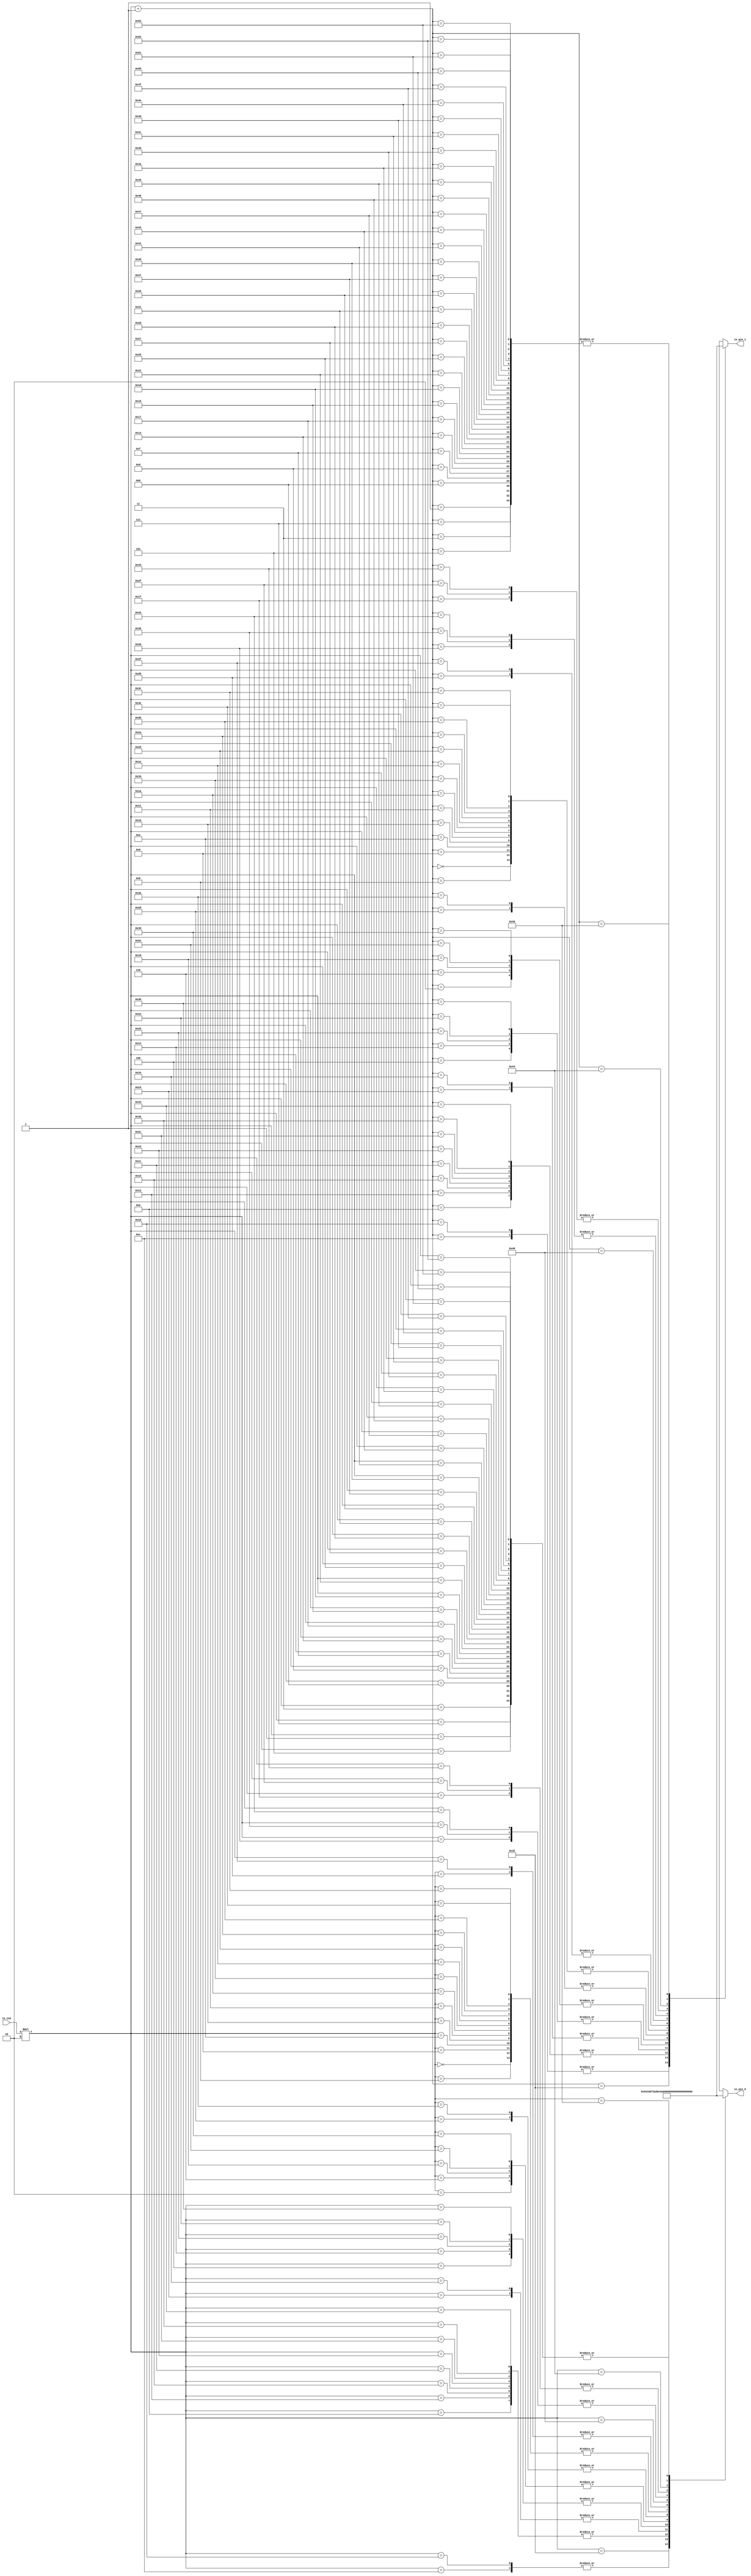
module qinLUT(
    input [5:0] io_ina,
    output[8:0] io_qin_0,
    output[8:0] io_qin_1
);

  wire[8:0] T0;
  reg [8:0] T1 [83:0];
  wire[6:0] T2;
  wire[7:0] T3;
  wire[7:0] index;
  wire[8:0] T4;
  wire[6:0] T5;


  assign io_qin_1 = T0;
`ifndef SYNTHESIS
  assign T0 = T2 >= 7'h54 ? {1{$random}} : T1[T2];
`else
  assign T0 = T1[T2];
`endif
  always @(*) begin
    T1[0] = 9'h1;
    T1[1] = 9'h0;
    T1[2] = 9'h5;
    T1[3] = 9'h0;
    T1[4] = 9'h3;
    T1[5] = 9'h0;
    T1[6] = 9'h5;
    T1[7] = 9'h0;
    T1[8] = 9'h1;
    T1[9] = 9'h1;
    T1[10] = 9'h7;
    T1[11] = 9'h0;
    T1[12] = 9'h15;
    T1[13] = 9'h0;
    T1[14] = 9'h1;
    T1[15] = 9'h0;
    T1[16] = 9'h1;
    T1[17] = 9'h1;
    T1[18] = 9'h7;
    T1[19] = 9'h0;
    T1[20] = 9'h3;
    T1[21] = 9'h7;
    T1[22] = 9'h15;
    T1[23] = 9'h0;
    T1[24] = 9'h5;
    T1[25] = 9'h0;
    T1[26] = 9'h1;
    T1[27] = 9'h1;
    T1[28] = 9'h7;
    T1[29] = 9'h0;
    T1[30] = 9'h1;
    T1[31] = 9'h2;
    T1[32] = 9'h3;
    T1[33] = 9'h0;
    T1[34] = 9'h3;
    T1[35] = 9'h7;
    T1[36] = 9'h55;
    T1[37] = 9'h0;
    T1[38] = 9'hd;
    T1[39] = 9'h0;
    T1[40] = 9'h11;
    T1[41] = 9'h1;
    T1[42] = 9'h1;
    T1[43] = 9'h10;
    T1[44] = 9'h7;
    T1[45] = 9'h0;
    T1[46] = 9'h5;
    T1[47] = 9'h2;
    T1[48] = 9'h7;
    T1[49] = 9'h0;
    T1[50] = 9'hb;
    T1[51] = 9'h7;
    T1[52] = 9'h55;
    T1[53] = 9'h0;
    T1[54] = 9'hd;
    T1[55] = 9'h0;
    T1[56] = 9'h3;
    T1[57] = 9'h5;
    T1[58] = 9'h11;
    T1[59] = 9'h1;
    T1[60] = 9'h1;
    T1[61] = 9'h0;
    T1[62] = 9'h1;
    T1[63] = 9'h10;
    T1[64] = 9'h47;
    T1[65] = 9'h0;
    T1[66] = 9'hd;
    T1[67] = 9'h2;
    T1[68] = 9'hf;
    T1[69] = 9'h0;
    T1[70] = 9'h155;
    T1[71] = 9'h0;
    T1[72] = 9'h0;
    T1[73] = 9'h0;
    T1[74] = 9'h0;
    T1[75] = 9'h0;
    T1[76] = 9'h0;
    T1[77] = 9'h0;
    T1[78] = 9'h0;
    T1[79] = 9'h0;
    T1[80] = 9'h0;
    T1[81] = 9'h0;
    T1[82] = 9'h0;
    T1[83] = 9'h0;
  end
  assign T2 = T3[3'h6:1'h0];
  assign T3 = index + 8'h1;
  assign index = io_ina * 2'h2;
  assign io_qin_0 = T4;
`ifndef SYNTHESIS
  assign T4 = T5 >= 7'h54 ? {1{$random}} : T1[T5];
`else
  assign T4 = T1[T5];
`endif
  assign T5 = index[3'h6:1'h0];
endmodule